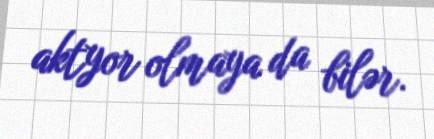
aktyor olmaya da bilər.